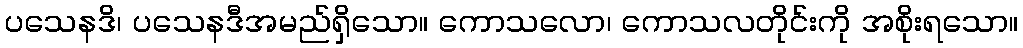
ပသေနဒိ၊ ပသေနဒီအမည်ရှိသော။ ကောသလော၊ ကောသလတိုင်းကို အစိုးရသော။